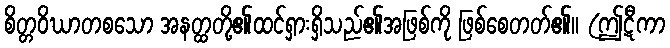
စိတ္တဝိဃာတစသော အနတ္ထတို့၏ထင်ရှားရှိသည်၏အဖြစ်ကို ဖြစ်စေတတ်၏။ (ဤဋီကာ